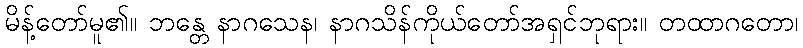
မိန့်တော်မူ၏။ ဘန္တေ နာဂသေန၊ နာဂသိန်ကိုယ်တော်အရှင်ဘုရား။ တထာဂတော၊